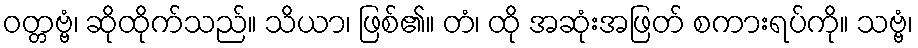
ဝတ္တဗ္ဗံ၊ ဆိုထိုက်သည်။ သိယာ၊ ဖြစ်၏။ တံ၊ ထို အဆုံးအဖြတ် စကားရပ်ကို။ သဗ္ဗံ၊